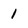
Character: 1